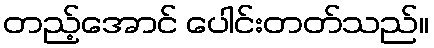
တည့်အောင် ပေါင်းတတ်သည်။